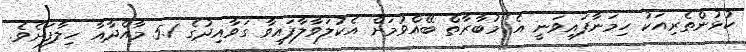
ކުޅުންތެރިއަކު ހިމަނާފައިވަނީ އެ މުބާރާތް ބޭއްވުމަށް އެކުލަވާލާފައިވާ ގަވާއިދުގެ 5.1 މާއްދާއާ ހިލާފަށެވެ.